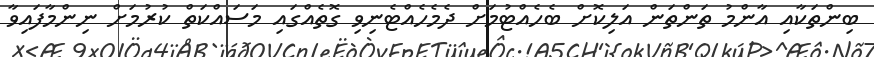
ބިންތަކާއި އާންމު ތަންތަން އަލިކޮށް ބެހެއްޓުމަށް ދެމެހެއްޓެނިވި ގޮތެއްގައި މަސައްކަތް ކުރުމަށް ނިންމާފައިވާ